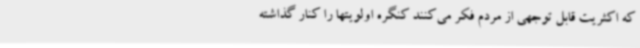
که اکثریت قابل توجهی از مردم فکر می‌کنند کنگره اولویتها را کنار گذاشته